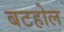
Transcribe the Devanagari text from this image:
बटहोल